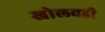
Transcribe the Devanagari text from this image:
खोलवडी